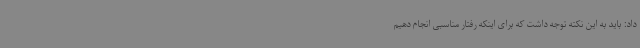
داد: باید به این نکته توجه داشت که برای اینکه رفتار مناسبی انجام دهیم